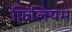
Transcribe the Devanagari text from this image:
फ़िलियम